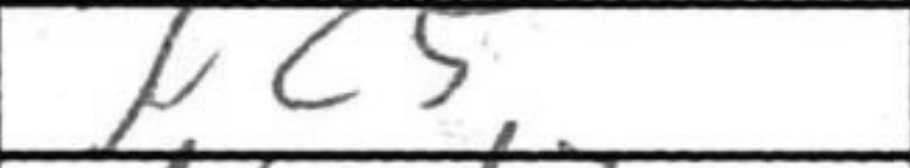
Transcription: Nc5